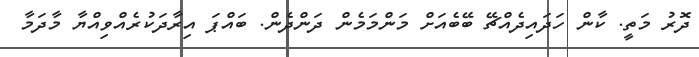
ދޮރު މަތީ. ކާން ހަދައިދެއްޗޭ ބޭބެއަށް މަންމަމެން ދަންދެން. ބައްޕަ އިރާދަކުރެއްވިއްޔާ މާދަމާ